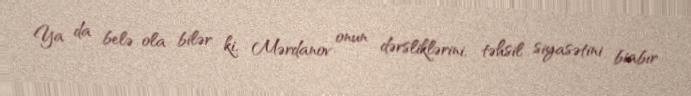
Ya da belə ola bilər ki, Mərdanov onun dərsliklərini, təhsil siyasətini biabır